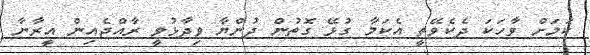
ކަމަށް ވާހަކަ ދެކެވޭތީ އެކަމާ ގުޅޭ ގޮތުން ދުންޔާ ވިދާޅުވީ ރާއްޖެއިން އީރާނާ